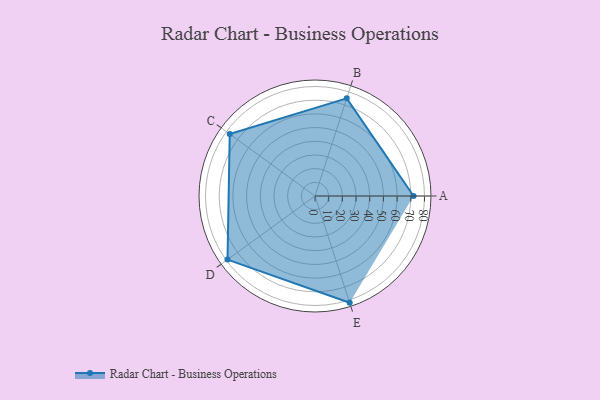
{"axis": {"x": "Skill", "y": "Score"}, "legend": ["Profile"], "data": [{"x": "A", "y": 72.0, "type": "Profile"}, {"x": "B", "y": 75.0, "type": "Profile"}, {"x": "C", "y": 77.0, "type": "Profile"}, {"x": "D", "y": 79.0, "type": "Profile"}, {"x": "E", "y": 82.0, "type": "Profile"}]}